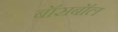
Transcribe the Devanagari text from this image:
बॉसबॉल